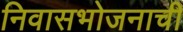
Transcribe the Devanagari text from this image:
निवासभोजनाची